Vaccination in the Punjab 1897-1904 - 1897-1904
Year: 1897
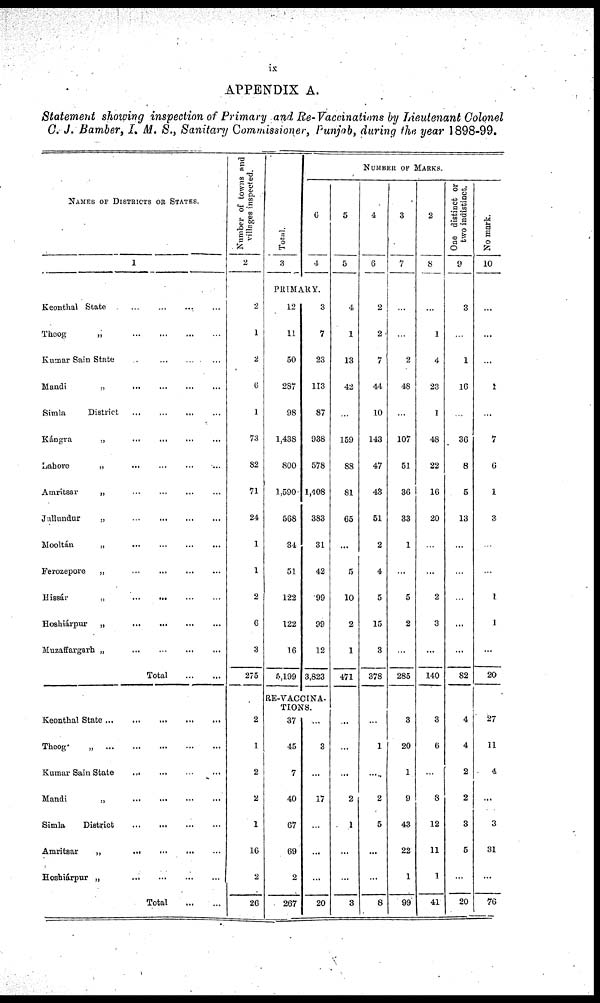
ix
APPENDIX A.
Statement showing inspection of Primary and Re-Vaccinations by Lieutenant Colonel
C. J. Bamber, I. M. S., Sanitary Commissioner, Punjab, during the year 1898-99.
NAMES OF DISTRICTS OR STATES.
1
Keonthal State ... ... ... ...
Theog
„
...
...
...
...
Kumar Sain State ... ... ... ...
Mandi
„
...
...
...
...
Simla
District
...
...
...
...
Kángra
„
...
...
...
...
Lahore
„ ... ... ... ...
Amritsar
„ ... ... ... ...
Jullundur
„
...
...
...
...
Mooltán
„
...
...
...
...
Ferozepore
„
...
...
...
...
Hissár
„
...
...
...
...
Hoshiárpur
„
...
...
...
...
Muzaffargarh „
...
...
...
Total
...
...
Keonthal State
...
...
...
...
...
Theog
„
...
...
...
...
...
...
Kumar Sain State ... ... ... ...
Mandi
„
...
...
...
...
Simla
District
...
...
...
...
Amritsar
„
...
...
...
...
Hoshiárpur „
...
...
...
...
Total
...
...
Number of towns and
villages inspected.
2
2
1
2
6
1
73
82
71
24
1
1
2
6
3
275
2
1
2
2
1
16
2
26
Total.
3
NUMBER OF MARKS
6
4
PRIMARY.
12
11
50
287
98
1,438
800
1,590
568
34
51
122
122
16
5,199
3
7
23
113
87
938
578
1,408
383
31
42
99
99
12
3,823
RE-VACCTNA-
TIONS.
37
45
7
40
67
69
2
267
...
3
...
17
...
...
...
20
5
5
4
1
13
42
...
159
88
81
65
...
5
10
2
1
471
...
...
...
2
1
...
...
3
4
6
2
2
7
44
10
143
47
43
51
2
4
5
15
3
378
...
1
...
2
5
...
...
8
3
7
...
...
2
48
...
107
51
36
33
1
...
5
2
...
285
3
20
1
9
43
22
1
99
2
8
...
1
4
23
1
48
22
16
20
...
...
2
3
...
140
3
6
...
8
12
11
1
41
One distinct or
two indistinct.
9
3
...
1
16
...
36
8
5
13
...
...
...
...
...
82
4
4
2
2
3
5
...
20
No mark.
10
...
...
...
1
...
7
6
1
3
...
...
1
1
...
20
27
11
4
...
3
31
...
76